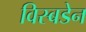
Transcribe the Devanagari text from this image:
विस्बडेन